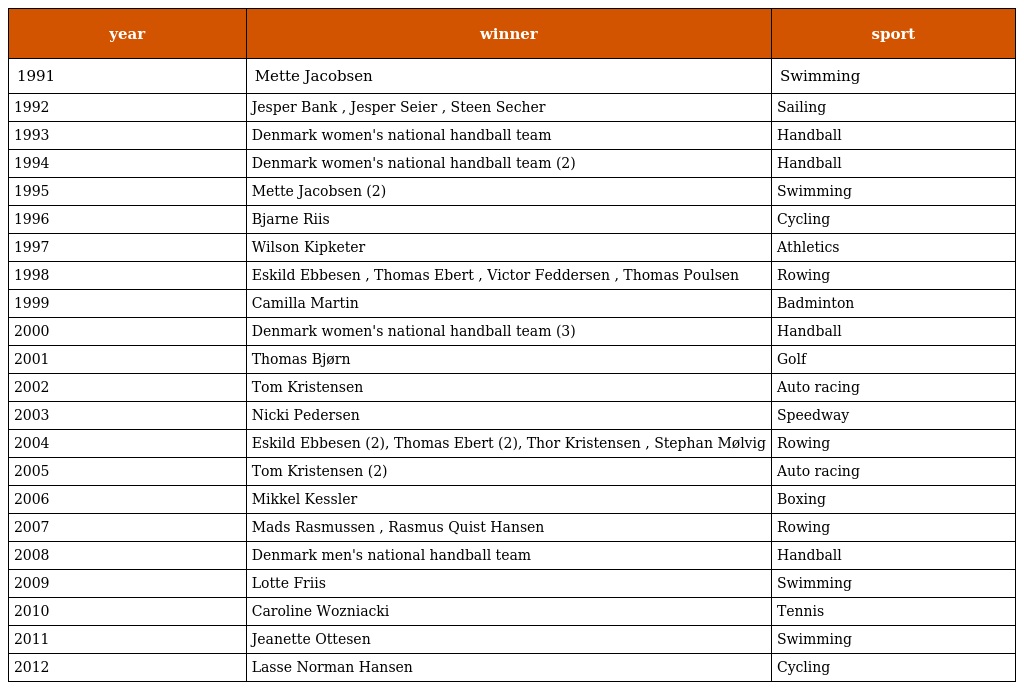
| year | winner | sport |
 | --- | --- | --- |
 | 1991 | Mette Jacobsen | Swimming |
 | 1992 | Jesper Bank , Jesper Seier , Steen Secher | Sailing |
 | 1993 | Denmark women's national handball team | Handball |
 | 1994 | Denmark women's national handball team (2) | Handball |
 | 1995 | Mette Jacobsen (2) | Swimming |
 | 1996 | Bjarne Riis | Cycling |
 | 1997 | Wilson Kipketer | Athletics |
 | 1998 | Eskild Ebbesen , Thomas Ebert , Victor Feddersen , Thomas Poulsen | Rowing |
 | 1999 | Camilla Martin | Badminton |
 | 2000 | Denmark women's national handball team (3) | Handball |
 | 2001 | Thomas Bjørn | Golf |
 | 2002 | Tom Kristensen | Auto racing |
 | 2003 | Nicki Pedersen | Speedway |
 | 2004 | Eskild Ebbesen (2), Thomas Ebert (2), Thor Kristensen , Stephan Mølvig | Rowing |
 | 2005 | Tom Kristensen (2) | Auto racing |
 | 2006 | Mikkel Kessler | Boxing |
 | 2007 | Mads Rasmussen , Rasmus Quist Hansen | Rowing |
 | 2008 | Denmark men's national handball team | Handball |
 | 2009 | Lotte Friis | Swimming |
 | 2010 | Caroline Wozniacki | Tennis |
 | 2011 | Jeanette Ottesen | Swimming |
 | 2012 | Lasse Norman Hansen | Cycling |